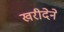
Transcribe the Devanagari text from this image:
खरीदेने